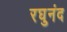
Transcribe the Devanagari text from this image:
रघुनंद